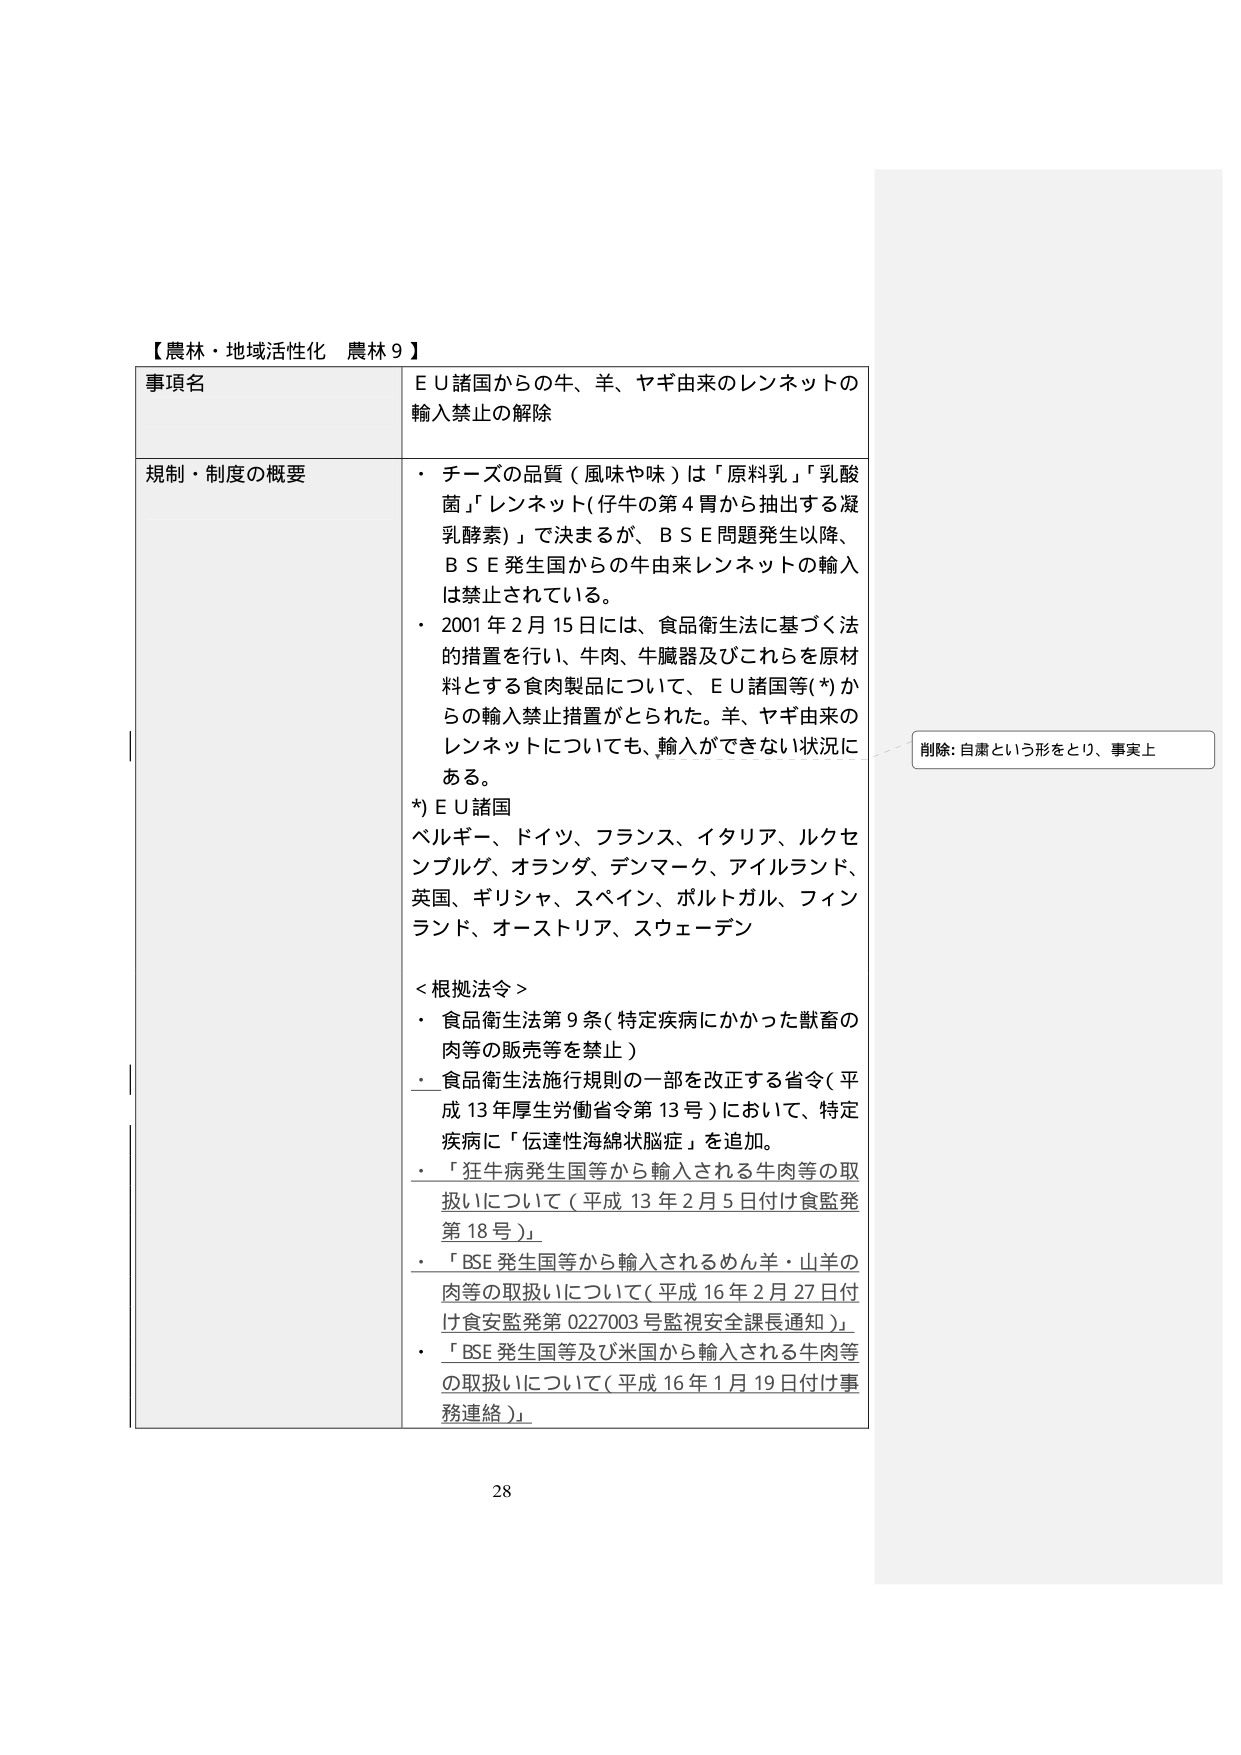
【農林・地域活性化 農林９】

事項名
ＥＵ諸国からの牛、羊、ヤギ由来のレンネットの
輸入禁止の解除

規制・制度の概要
・ チーズの品質（風味や味）は「原料乳」「乳酸
菌」「レンネット（仔牛の第４胃から抽出する凝
乳酵素）」で決まるが、ＢＳＥ問題発生以降、
ＢＳＥ発生国からの牛由来レンネットの輸入
は禁止されている。
・ 2001年2月15日には、食品衛生法に基づく法
的措置を行い、牛肉、牛臓器及びこれらを原材
料とする食肉製品について、ＥＵ諸国等(*)か
らの輸入禁止措置がとられた。羊、ヤギ由来の
レンネットについても、輸入ができない状況に
ある。
*) ＥＵ諸国
ベルギー、ドイツ、フランス、イタリア、ルクセ
ンブルグ、オランダ、デンマーク、アイルランド、
英国、ギリシャ、スペイン、ポルトガル、フィン
ランド、オーストリア、スウェーデン

＜根拠法令＞
・ 食品衛生法第9条（特定疾病にかかった獣畜の
肉等の販売等を禁止）
・ 食品衛生法施行規則の一部を改正する省令（平
成13年厚生労働省令第13号）において、特定
疾病に「伝達性海綿状脳症」を追加。
・ 「狂牛病発生国等から輸入される牛肉等の取
扱いについて（平成13年2月5日付け食監発
第18号）」
・ 「BSE発生国等から輸入されるめん羊・山羊の
肉等の取扱いについて（平成16年2月27日付
け食安監発第0227003号監視安全課長通知）」
・ 「BSE発生国等及び米国から輸入される牛肉等
の取扱いについて（平成16年1月19日付け事
務連絡）」

削除: 自粛という形をとり、事実上

28